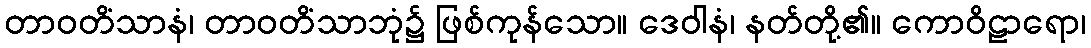
တာဝတိံသာနံ၊ တာဝတိံသာဘုံ၌ ဖြစ်ကုန်သော။ ဒေဝါနံ၊ နတ်တို့၏။ ကောဝိဠာရော၊